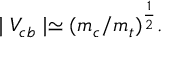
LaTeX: \mid V _ { c b } \mid \simeq ( m _ { c } / m _ { t } ) ^ { \frac { 1 } { 2 } } .